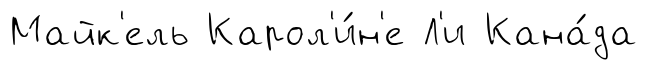
Майк'ель Карол'и́н'е Л'и Кана́да